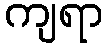
ကျရာ